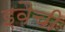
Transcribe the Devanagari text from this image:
इवैची